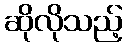
ဆိုလိုသည့်